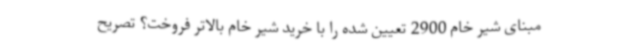
مبنای شیر خام 2900 تعیین شده را با خرید شیر خام بالاتر فروخت؟ تصریح